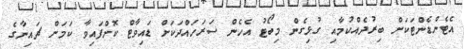
އެޓެންޑެންޓަކަށް ބިރުދެއްކުމާއި ގުޅިގެން މިބޯޓު އެހެން ސަރަހައްދަކަށް ޑައިވާޓް ކޮށްފައިވާ ކަމަށް ޗައިނާގެ